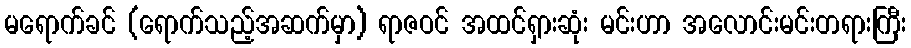
မရောက်ခင် (ရောက်သည့်အဆက်မှာ) ရာဇဝင် အထင်ရှားဆုံး မင်းဟာ အလောင်းမင်းတရားကြီး